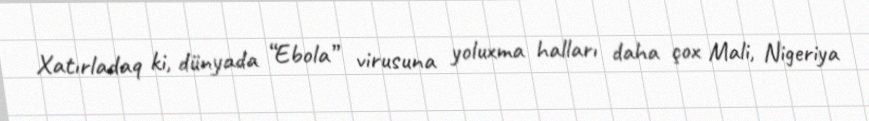
Xatırladaq ki, dünyada “Ebola” virusuna yoluxma halları daha çox Mali, Nigeriya